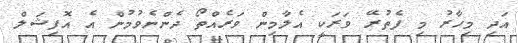
އަދި މިހާރު މި ފެތުރޭ ވަރަކީ އެލާމިން ވަރެއްތޯ ދެންނެވުމުން އެ އޮފިޝަލް